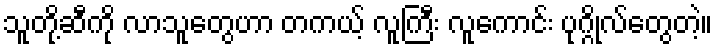
သူတို့ဆီကို လာသူတွေဟာ တကယ့် လူကြီး လူကောင်း ပုဂ္ဂိုလ်တွေတဲ့။